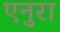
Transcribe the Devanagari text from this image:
एनुरा